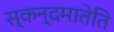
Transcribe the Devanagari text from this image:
स्कन्दमातेति